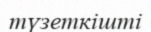
түзеткішті